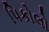
પિકોલો